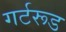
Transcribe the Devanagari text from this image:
गर्टरूड